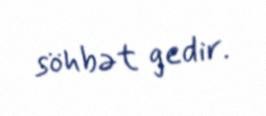
söhbət gedir.